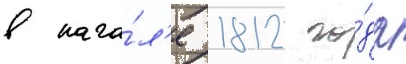
в нача́л'е 1812 го́да